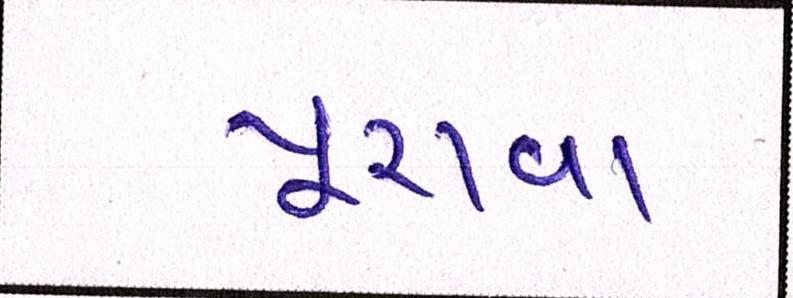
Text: પૂરાવા